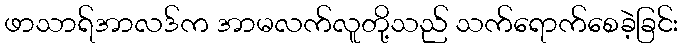
ဖာသာရ်အာလဒ်က အာမလက်လူတို့သည် သက်ရောက်စေခဲ့ခြင်း